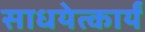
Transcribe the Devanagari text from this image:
साधयेत्कार्यं